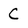
Character: C